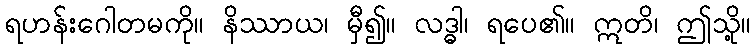
ရဟန်းဂေါတမကို။ နိဿာယ၊ မှီ၍။ လဒ္ဓါ၊ ရပေ၏။ ဣတိ၊ ဤသို့။